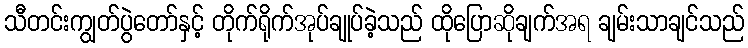
သီတင်းကျွတ်ပွဲတော်နှင့် တိုက်ရိုက်အုပ်ချုပ်ခဲ့သည် ထိုပြောဆိုချက်အရ ချမ်းသာချင်သည်